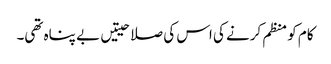
کام کو منظم کرنے کی اس کی صلاحیتیں بے پناہ تھی۔